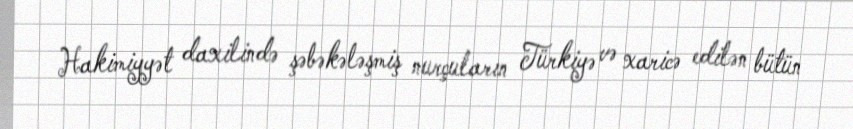
Hakimiyyət daxilində şəbəkələşmiş nurçuların Türkiyə və xaricə edilən bütün